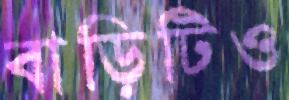
বাড়িটিও